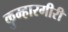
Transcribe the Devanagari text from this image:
कुम्हारगीरी